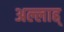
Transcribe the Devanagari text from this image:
अल्लाह्